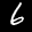
Label: 6